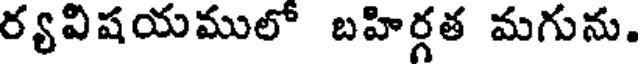
ర్యవిషయములో బహిర్గత మగును.